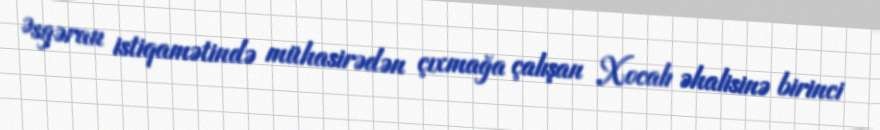
Əsgəran istiqamətində mühasirədən çıxmağa çalışan Xocalı əhalisinə birinci